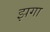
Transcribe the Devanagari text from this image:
झगा